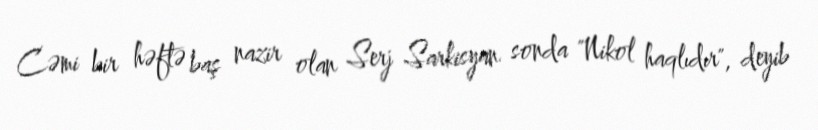
Cəmi bir həftə baş nazir olan Serj Sarkisyan sonda "Nikol haqlıdır", deyib